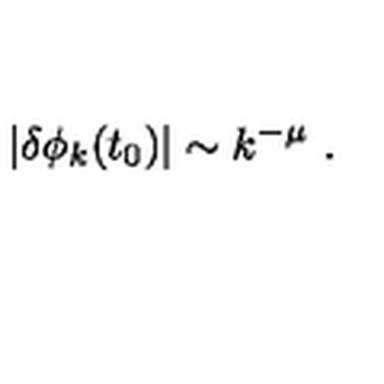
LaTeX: \vert \delta \phi _ { k } ( t _ { 0 } ) \vert \sim k ^ { - \mu } \ .